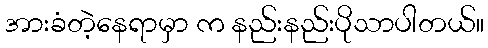
အားခံတဲ့နေရာမှာ က နည်းနည်းပိုသာပါတယ်။